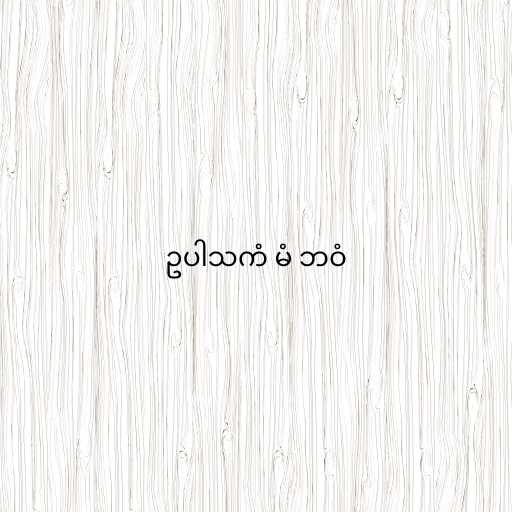
ဥပါသကံ မံ ဘဝံ